Statistical return of the lunatic asylum in Assam - 1912-1932
Year: 1912
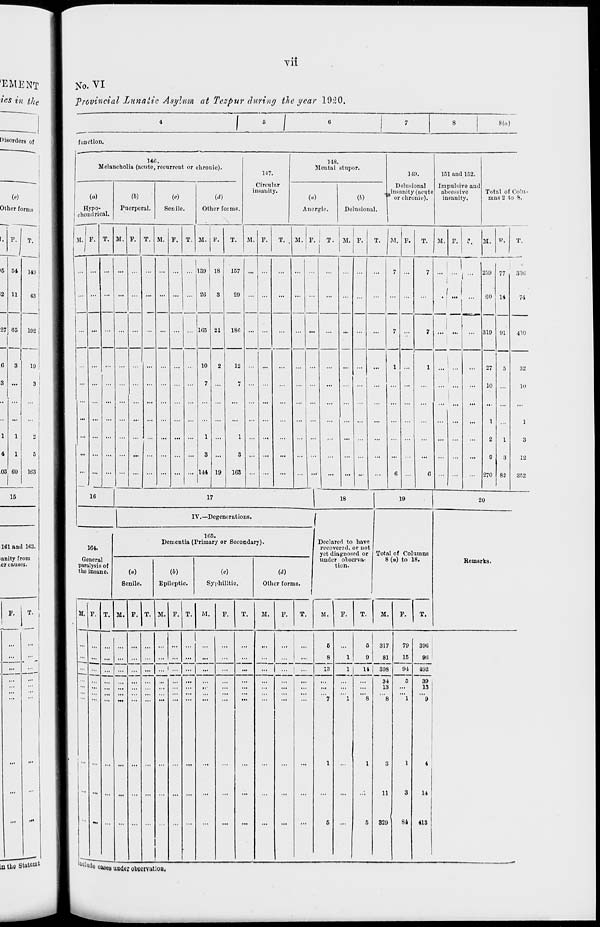
Vll
161 and 103.
No. VI
'Provincial Lunatic Asylum at Tczpur during the year 1920.
I ■ I
8(«)
function.
HO.
Melancholia (acute, recurrent or chronic).
(«)
Hypo-
choiulrical.
(1)
Puerperal.
Senile.
M. 1'.
Other foiniF.
M.
M.
M. I'.
117.
Circular
in .i11iI.'..
M8.
Mental stupor.
w
Auergie.
(5)
Delusional.
149.
Delusional
insanity (acute
or chronic),
151 and 152.
Impulsivo and
abcessive
insanity.
Total of Colu-
mns 2 to 8.
M.
M. F. I T. M. F.
T. M. F.
T. M. F. P. U. v. T.
... 139
26
105
18
21
157
29
18C
10
7
1
3
144 19
12
7
1
3
163
i
i
/ I
16
17
18
19
IV.—Degenerations.
164.
General
paralysis of
the insane.
105.
Dementia (Primary or Socondary).
(a)
Senile.
m
Epileptic.
(<■)
Syphilitic.
Other forms.
Declared to have
recovered, or not
yet diagnosed or
under observa-
tion.
Total of Columns
8 (o) to 18.
M, F. T. M. F. T. M. F. T. M.
F.
IB the BUI*"*
I
Wufc ^ ^^ obMmt j OBj
M.
F.
T.
M.
F.
T
M.
F.
T.
6
8
18
11
317
79
81
15
308
91
34
5
13
...
" - 8
1
3
1
11
3
329
84
396
90
492
39
13
11
413
259
|
77
CO 14
319 91
27
5
10
... ...
1
2
1
9
3
270 82
330
410
32
10
1
3
12
352
20
Remarks.